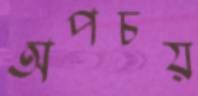
অপচয়